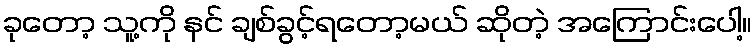
ခုတော့ သူ့ကို နင် ချစ်ခွင့်ရတော့မယ် ဆိုတဲ့ အကြောင်းပေါ့။